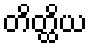
တိတ္ထိယ